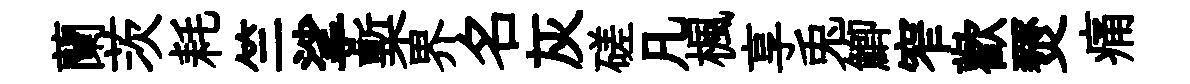
蘭茨耗竺挲槧界名灰磋凡楓享兎鯽窄歡燹痛